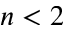
n < 2